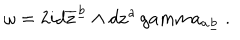
LaTeX: \omega = 2 i d \overline { { { \bf z } } } ^ { \underline { { b } } } \wedge d { \bf z } ^ { a } \, g a m m a _ { a \underline { { b } } } \ .